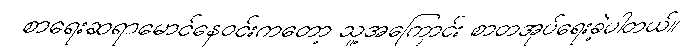
စာရေးဆရာမောင်နေဝင်းကတော့ သူ့အကြောင်း စာတအုပ်ရေးခဲ့ပါတယ်။